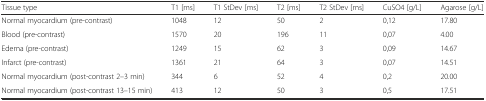
<table><thead><tr><td><b>Tissue type</b></td><td><b>T1 [ms]</b></td><td><b>T1 StDev [ms]</b></td><td><b>T2 [ms]</b></td><td><b>T2 StDev [ms]</b></td><td><b>CuSO4 [g/L]</b></td><td><b>Agarose [g/L]</b></td></tr></thead><tbody><tr><td>Normal myocardium (pre-contrast)</td><td>1048</td><td>12</td><td>50</td><td>2</td><td>0,12</td><td>17.80</td></tr><tr><td>Blood (pre-contrast)</td><td>1570</td><td>20</td><td>196</td><td>11</td><td>0,07</td><td>4.00</td></tr><tr><td>Edema (pre-contrast)</td><td>1249</td><td>15</td><td>62</td><td>3</td><td>0,09</td><td>14.67</td></tr><tr><td>Infarct (pre-contrast)</td><td>1361</td><td>21</td><td>64</td><td>3</td><td>0,07</td><td>14.51</td></tr><tr><td>Normal myocardium (post-contrast 2–3 min)</td><td>344</td><td>6</td><td>52</td><td>4</td><td>0,2</td><td>20.00</td></tr><tr><td>Normal myocardium (post-contrast 13–15 min)</td><td>413</td><td>12</td><td>50</td><td>3</td><td>0,5</td><td>17.51</td></tr></tbody></table>